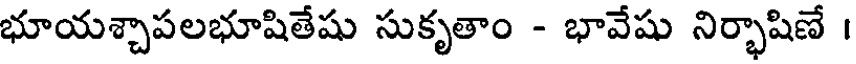
భూయశ్చాపలభూషితేషు సుకృతాం - భావేషు నిర్భాషిణే